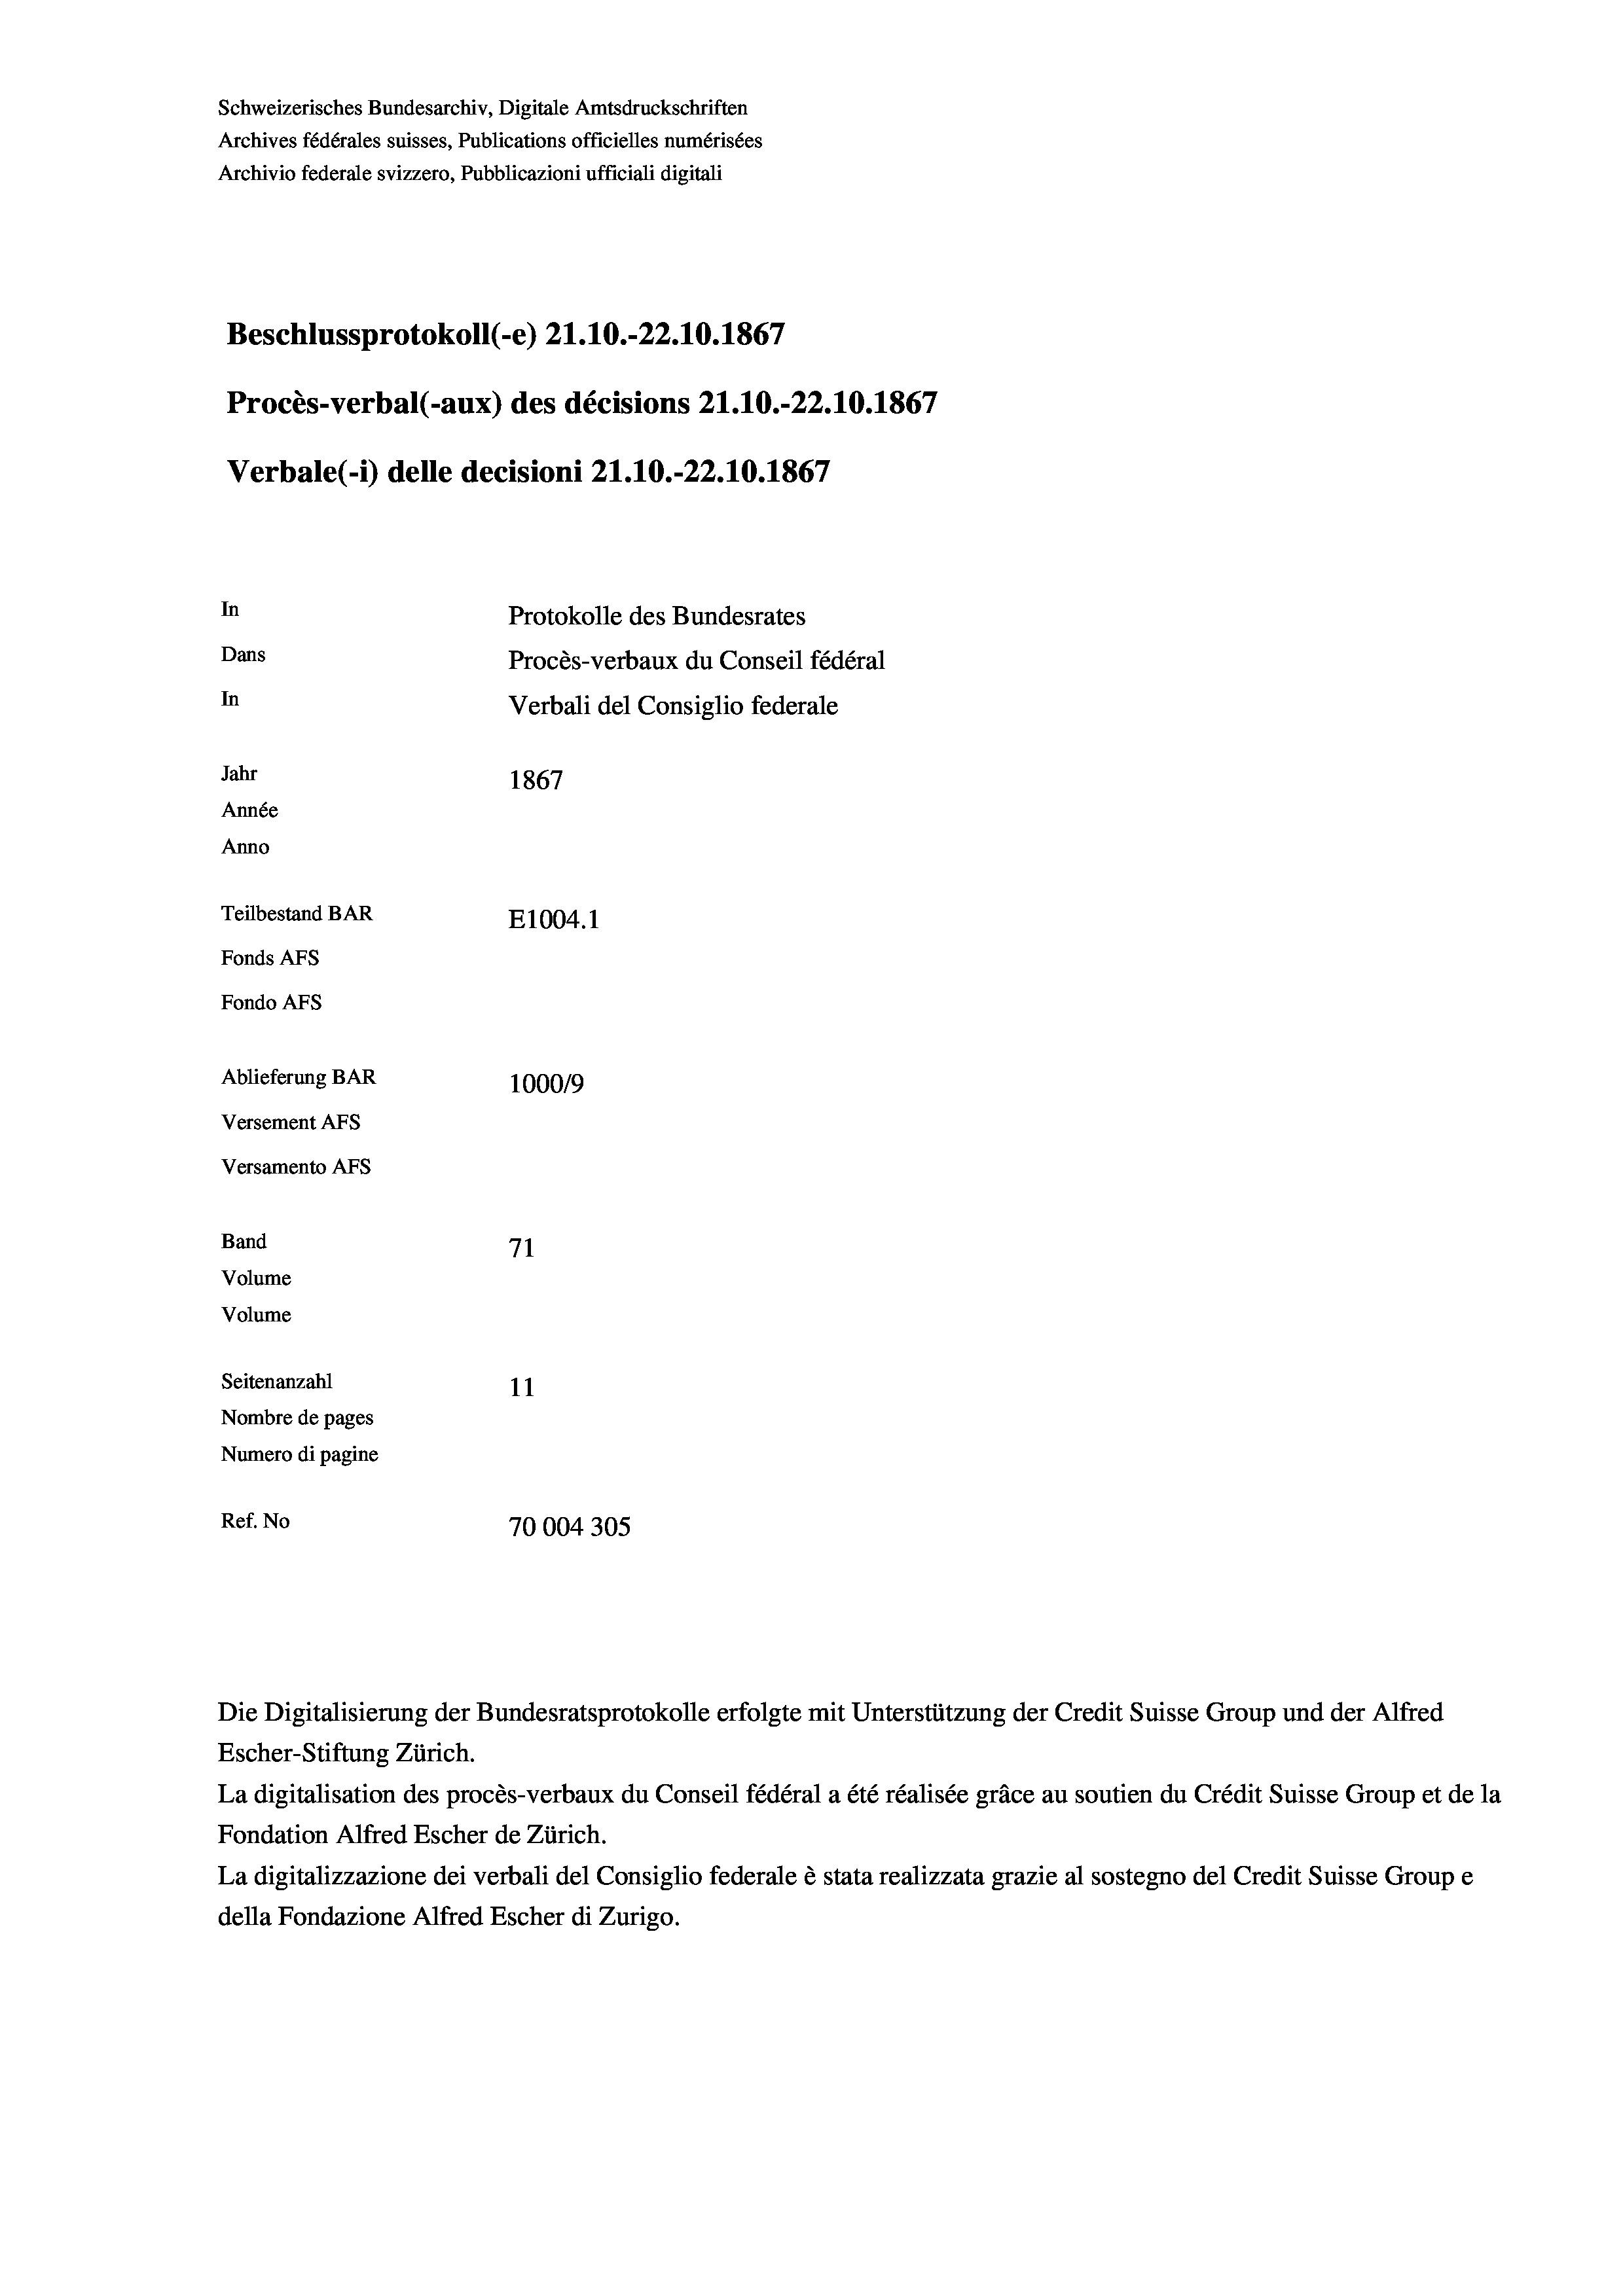
Schweizerisches Bundesarchiv, Digitale Amtsdruckschriften
Archives fédérales suisses, Publications officielles numérisées
Archivio federale svizzero, Pubblicazioni ufficiali digitali
Beschlussprotokoll (-e) 21.10.-22.10.1867
Procès-verbal (-aux) des décisions 21.10.-22.10.1867
Verbale (- 1) delle decisioni 21.10.-22.10.1867
In
Protokolle des Bundesrates
Dans
Procès-verbaux du Conseil fédéral
In
Verbali del Consiglio federale
Jahr
1867
Année
Anno
Teilbestand BAR
E1004.1
Fonds AFs
Fondo AFS
Ablieferung BAR
100019
Versement AFs
Versamento AFs
Band
71
Volume
Volume
Seitenanzahl
11
Nombre de pages
Numero di pagine
Ref. No
70004305

Escher-Stiftung Zürich.
La digitalisation des procès-verbaux du Conseil fédéral a été réalisée gräce au soutien du Crédit Suisse Group et de la
Fondation Alfred Escher de Zürich.
La digitalizzazione dei verbali del Consiglio federale è stata realizzata grazie al sostegno del Credit Suisse Groupe
della Fondazione Alfred Escher di Zurigo.

Die Digitalisierung der Bundesratsprotokolle erfolgte mit Unterstützung der Credit Suisse Group und der Alfred